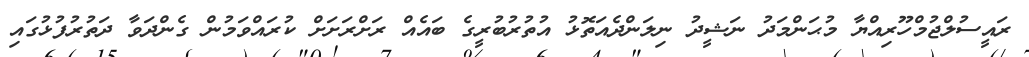
ރައީސުލްޖުމްހޫރިއްޔާ މުޙަންމަދު ނަޝީދު ނިލަންދެއަތޮޅު އުތުރުބުރީގެ ބައެއް ރަށްރަށަށް ކުރައްވަމުން ގެންދަވާ ދަތުރުފުޅުގައި